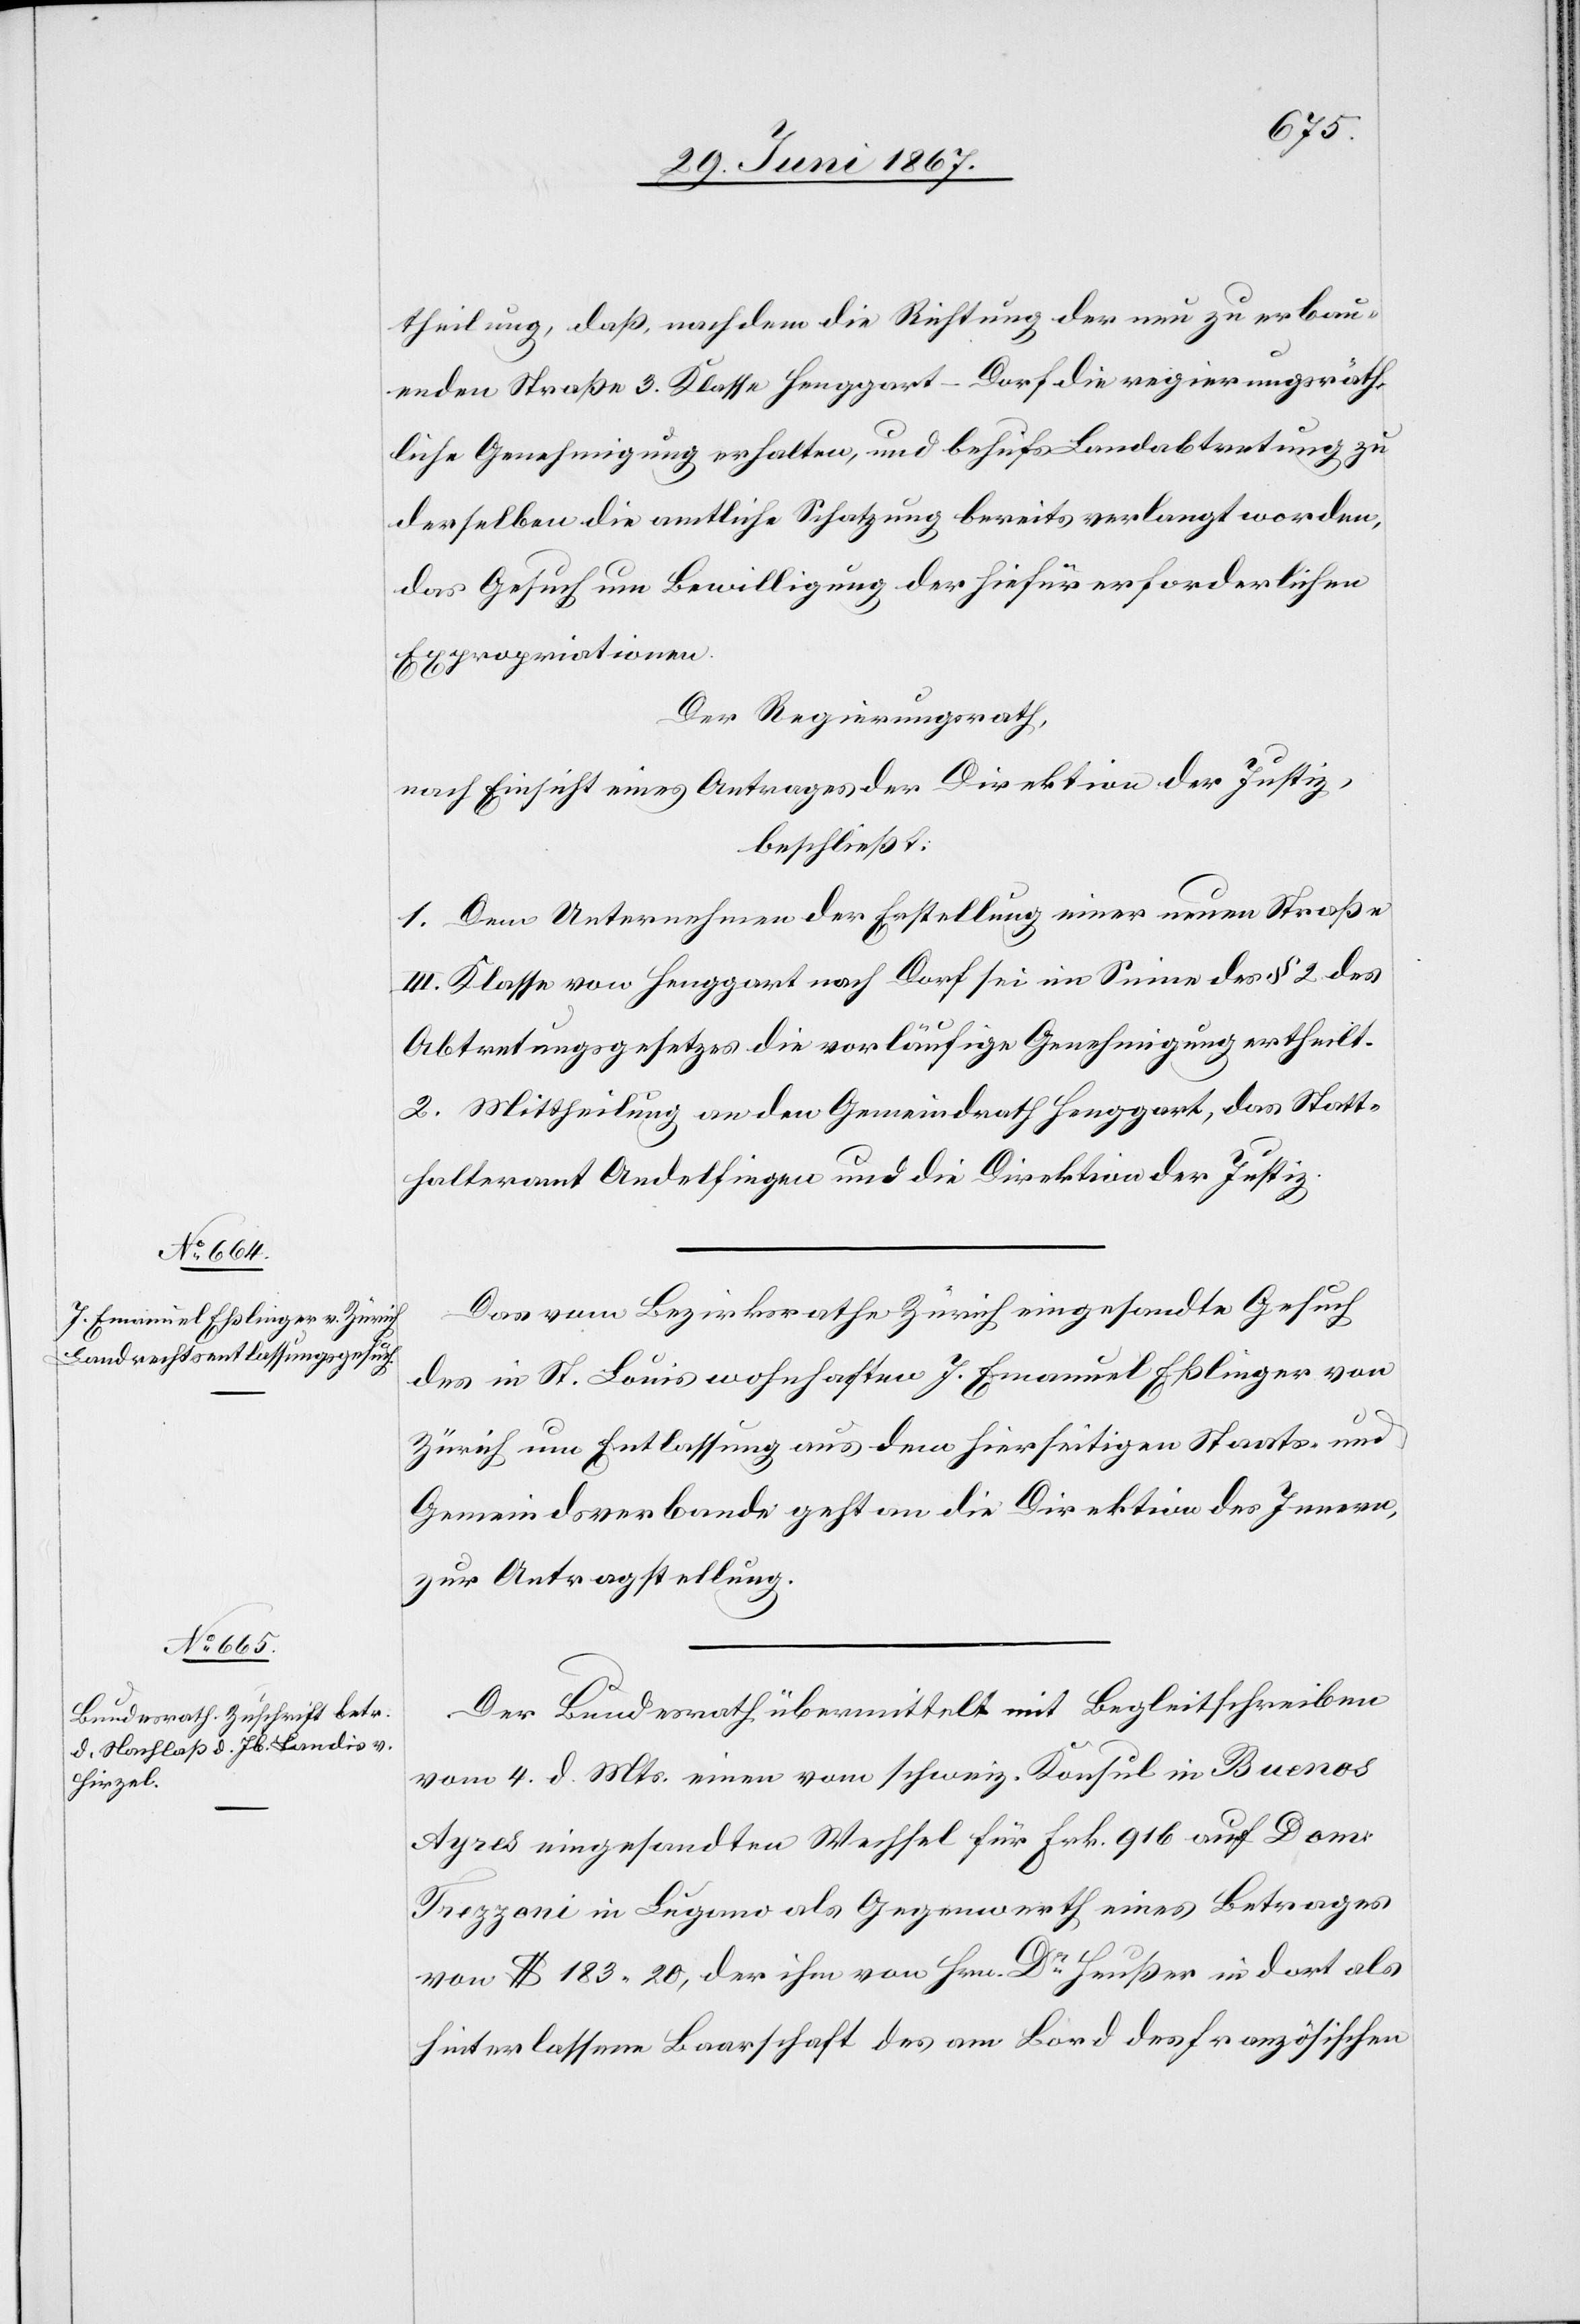
theilung, daß, nachdem die Richtung der neu zu erbau¬
enden Straße 3. Klasse Henggart–Dorf die regierungsräth¬
liche Genehmigung erhalten, und behufs Landabtretung zu
derselben die amtliche Schatzung bereits verlangt worden,
das Gesuch um Bewilligung der hiefür erforderlichen
Expropriationen.
Der Regierungsrath,
nach Einsicht eines Antrages der Direktion der Justiz,
beschließt:
1. Dem Unternehmen der Erstellung einer neuen Straße
III. Klasse von Henggart nach Dorf sei im Sinne des § 2 des
Abtretungsgesetzes die vorläufige Genehmigung ertheilt.
2. Mittheilung an den Gemeindrath Henggart, das Statt¬
halteramt Andelfingen und die Direktion der Justiz.
Das vom Bezirksrathe Zürich eingesandte Gesuch
des in St. Louis wohnhaften J. Emanuel Eßlinger von
Zürich um Entlassung aus dem hierseitigen Staats- und
Gemeindsverbande geht an die Direktion des Innern
zur Antragstellung.
Der Bundesrath übermittelt mit Begleitschreiben
vom 4. d. Mts. einen vom schweiz. Konsul in Buenos
Ayres eingesandten Wechsel für Frk. 916 auf Dom.
Frezzoni in Lugano als Gegenwerth eines Betrages
von $ 183.20, der ihm von Hrn. Dr. Heußer in dort als
hinterlassene Baarschaft des am [sic!] Bord des französischen